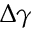
\Delta \gamma